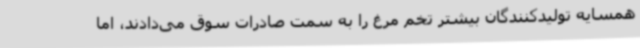
همسایه تولیدکنندگان بیشتر تخم مرغ را به سمت صادرات سوق می‌دادند، اما